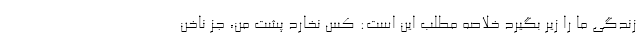
زندگی ما را زیر بگیرد خلاصه مطلب این است: کس نخارد پشت من، جز ناخن